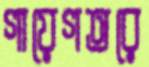
গায়েগতরে